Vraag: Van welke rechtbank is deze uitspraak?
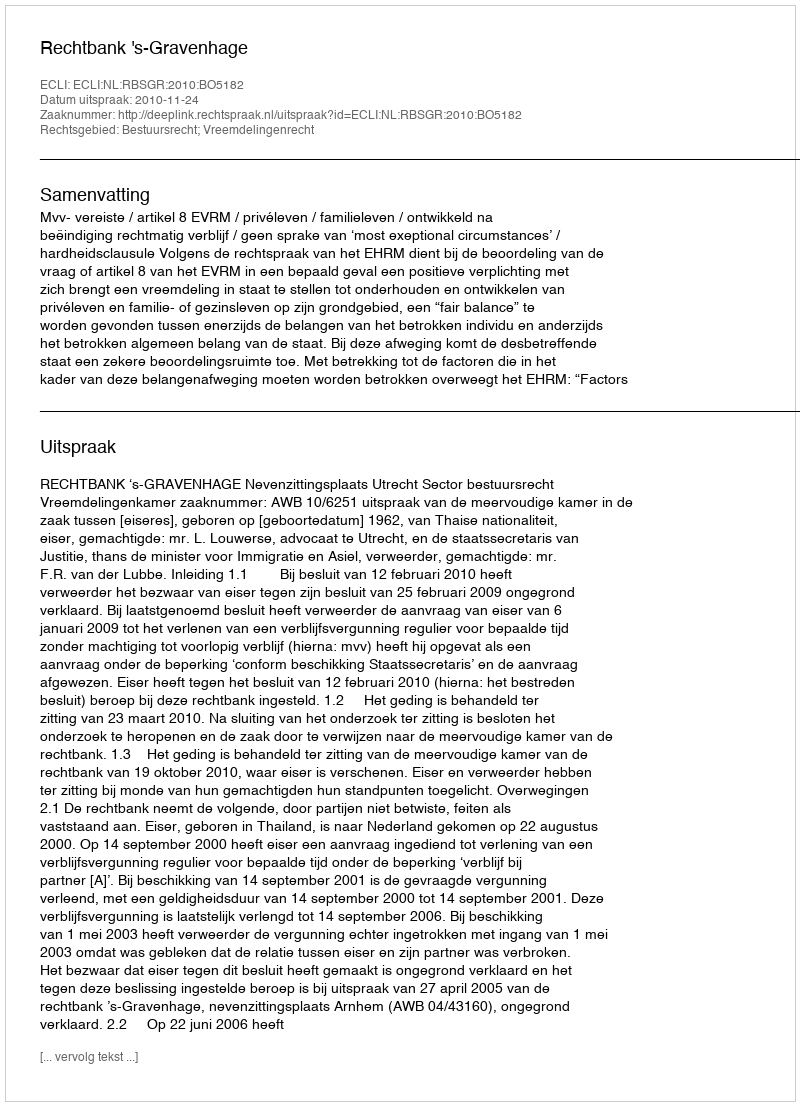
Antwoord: Rechtbank 's-Gravenhage